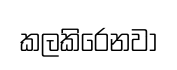
කලකිරෙනවා